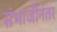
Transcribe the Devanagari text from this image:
संभाजीनंतर